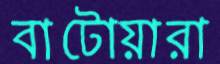
বাটোয়ারা